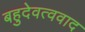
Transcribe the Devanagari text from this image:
बहुदेवत्ववाद